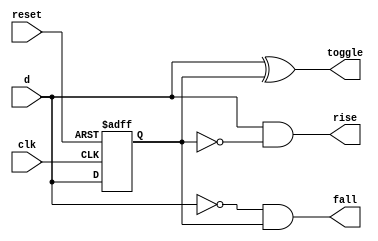
`timescale 1ns / 1ps
//////////////////////////////////////////////////////////////////////////////////
// Company: 
// Engineer: 
// 
// Design Name: 
// Module Name:    a 
// Project Name: 
// Target Devices: 
// Tool versions: 
// Description: 
//
// Dependencies: 
//
// Revision: 
// Revision 0.01 - File Created
// Additional Comments: 
//
//////////////////////////////////////////////////////////////////////////////////
module sig_change(clk,reset,d,toggle,fall,rise);
	input clk,reset,d;
	output toggle,fall,rise ;
	reg q;
	
	always @(posedge clk,posedge reset)begin
		if(reset)
			q = 0 ;
		else
			q = d;
	end
	
	assign toggle = d ^ q ;
	assign rise = d & (~q) ;
	assign fall = (~d) & q ;
	
endmodule